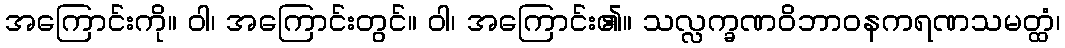
အကြောင်းကို။ ဝါ၊ အကြောင်းတွင်။ ဝါ၊ အကြောင်း၏။ သလ္လက္ခဏဝိဘာဝနကရဏသမတ္ထံ၊